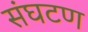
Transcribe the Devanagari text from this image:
संघटण